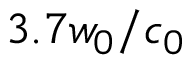
3 . 7 w _ { 0 } / c _ { 0 }